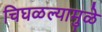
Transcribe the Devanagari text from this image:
चिघळल्यामुळे